Vaccine operations Central Provinces 1868-1885 - 1868-1885
Year: 1868
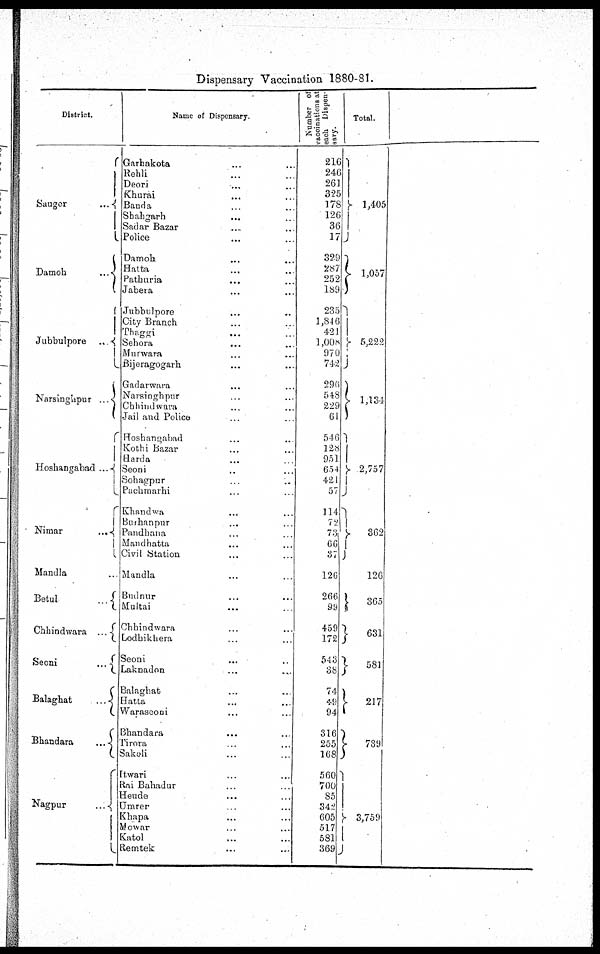
Dispensary Vaccination 1880-81.
District.
Saugor
...
Damoh
...
Jubbulpore
...
Narsinghpur ...
Hoshangabad ...
Nimar
...
Mandla
Betul
...
Chhindwara ...
Seoni
...
Balaghat
...
Bhandara
...
Nagpur ...
Name of Dispensari.
Garhakota
...
...
Rehli ... ...
Deori
... ...
Khurai
... ...
Banda ... ...
Shahgarh ... ...
Sadar Bazar ... ...
Police ... ...
Damoh ... ...
Hatta ... ...
Pathuria ... ...
Jabera ... ...
Jubbulpore ... ...
City Branch ... ...
Thaggi
... ...
Sehora ... ...
Murwara ... ...
Bijeragogarh ... ...
Gadarwara ... ...
Narsinghpur ... ...
Chhindwara ... ...
Jail and Police ... ...
Hoshangabad ... ...
Kothi Bazar ... ...
Harda ... ...
Seoni ... ...
Sohagpur ... ...
Pachmarhi ... ...
Khandwa ... ...
Burhanpur
... ...
Pandhana ... ...
Mandhatta ... ...
Civil Station ... ...
Mandla ... ...
Budnur ... ...
Multai ... ...
Chhindwara ... ...
Lodhikhera ... ...
Seoni ... ...
Laknadon ... ...
Balaghat ... ...
Hatta ... ...
Waraseoni ... ...
Bhandara ... ...
Tirora ... ...
Sakoli ... ...
Itwari ... ...
Rai Bahadur ... ...
Heude ... ...
Umrer ... ...
Khapa ... ...
Mowar ... ...
Katol ... ...
Remtek ... ...
Number of
vaccinations at
each Dispen-
sary.
216
246
261
325
178
126
36
17
329
287
252
189
235
1,846
421
1,008
970
742
296
548
229
61
546
128
951
654
421
57
114
72
73
66
37
126
266
99
459
172
543
38
74
49
94
316
255
168
560
700
85
342
605
517
581
369
Total.
1,405
1,057
5,222
1,134
2,757
362
126
365
631
581
217
739
3,759